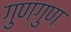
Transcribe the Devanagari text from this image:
गुणगुण